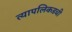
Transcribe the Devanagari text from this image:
त्यापलिकडची